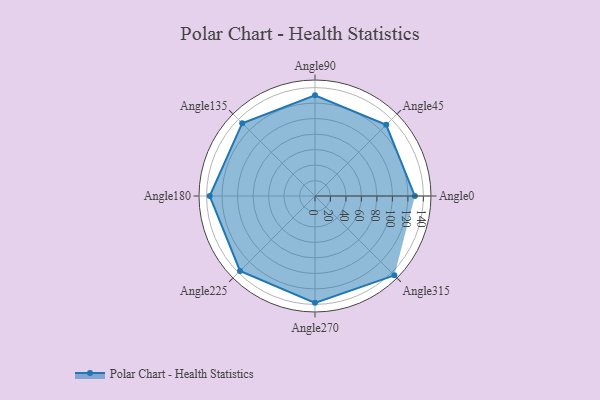
{"axis": {"x": "Angle", "y": "Radius"}, "legend": [""], "data": [{"x": "Angle0", "y": 129.0, "type": ""}, {"x": "Angle45", "y": 130.0, "type": ""}, {"x": "Angle90", "y": 130.0, "type": ""}, {"x": "Angle135", "y": 133.0, "type": ""}, {"x": "Angle180", "y": 136.0, "type": ""}, {"x": "Angle225", "y": 137.0, "type": ""}, {"x": "Angle270", "y": 138.0, "type": ""}, {"x": "Angle315", "y": 145.0, "type": ""}]}